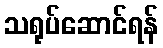
သရုပ်ဆောင်ရန်